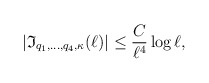
\begin{align*}|\mathfrak{I}_{q_1,\ldots, q_4, \kappa}(\ell)|\leq \frac{C}{\ell^4}\log \ell,\end{align*}